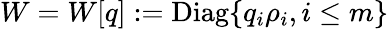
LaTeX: W=W[q]:={\mathrm{Diag}}\{ q_{i}\rho_{i},i\leq m\}